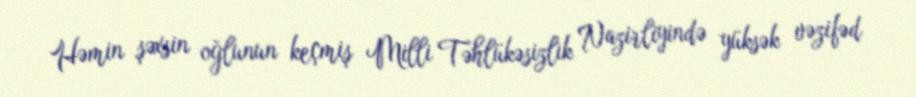
Həmin şəxsin oğlunun keçmiş Milli Təhlükəsizlik Nazirliyində yüksək vəzifəd